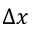
\Delta x